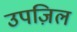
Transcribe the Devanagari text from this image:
उपज़िल